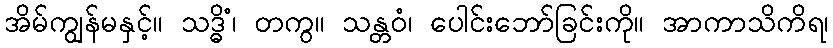
အိမ်ကျွန်မနှင့်။ သဒ္ဓိံ၊ တကွ။ သန္တဝံ၊ ပေါင်းဘော်ခြင်းကို။ အာကာသိကိရ၊